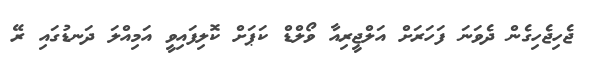
ޖެހިޖެހިގެން ދެވަނަ ފަހަރަށް އަލްޖީރިއާ ވޯލްޑް ކަޕަށް ކޮލިފައިވީ އަމިއްލަ ދަނޑުގައި ރޭ